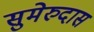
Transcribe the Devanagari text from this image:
सुमेरुदास